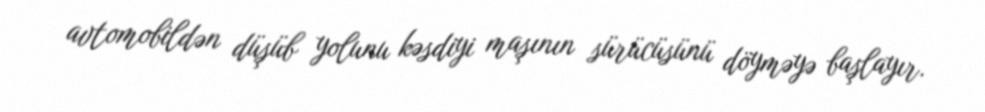
avtomobildən düşüb yolunu kəsdiyi maşının sürücüsünü döyməyə başlayır.